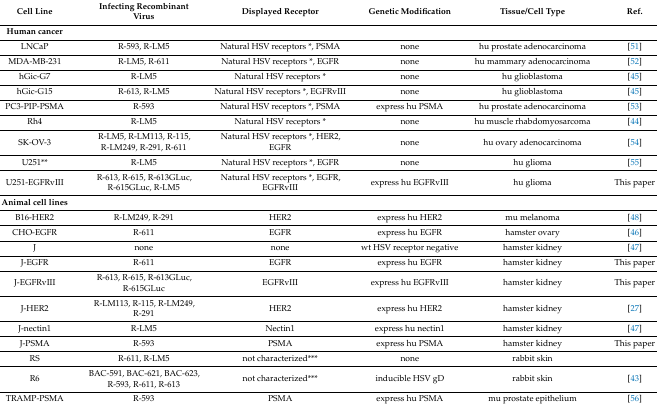
<table><thead><tr><td><b>Cell Line</b></td><td><b>Infecting Recombinant Virus</b></td><td><b>Displayed Receptor</b></td><td><b>Genetic Modification</b></td><td><b>Tissue/Cell Type</b></td><td><b>Ref.</b></td></tr></thead><tbody><tr><td><b>Human cancer</b></td><td></td><td></td><td></td><td></td><td></td></tr><tr><td>LNCaP</td><td>R-593, R-LM5</td><td>Natural HSV receptors *, PSMA</td><td>none</td><td>hu prostate adenocarcinoma</td><td>[51]</td></tr><tr><td>MDA-MB-231</td><td>R-LM5, R-611</td><td>Natural HSV receptors *, EGFR</td><td>none</td><td>hu mammary adenocarcinoma</td><td>[52]</td></tr><tr><td>hGic-G7</td><td>R-LM5</td><td>Natural HSV receptors *</td><td>none</td><td>hu glioblastoma</td><td>[45]</td></tr><tr><td>hGic-G15</td><td>R-613, R-LM5</td><td>Natural HSV receptors *, EGFRvIII</td><td>none</td><td>hu glioblastoma</td><td>[45]</td></tr><tr><td>PC3-PIP-PSMA</td><td>R-593</td><td>Natural HSV receptors *, PSMA</td><td>express hu PSMA</td><td>hu prostate adenocarcinoma</td><td>[53]</td></tr><tr><td>Rh4</td><td>R-LM5</td><td>Natural HSV receptors *</td><td>none</td><td>hu muscle rhabdomyosarcoma</td><td>[44]</td></tr><tr><td>SK-OV-3</td><td>R-LM5, R-LM113, R-115, R-LM249, R-291, R-611</td><td>Natural HSV receptors *, HER2, EGFR</td><td>none</td><td>hu ovary adenocarcinoma</td><td>[54] </td></tr><tr><td>U251**</td><td>R-LM5</td><td>Natural HSV receptors *, EGFR</td><td>none</td><td>hu glioma</td><td>[55]</td></tr><tr><td>U251-EGFRvIII</td><td>R-613, R-615, R-613GLuc, R-615GLuc, R-LM5</td><td>Natural HSV receptors *, EGFR, EGFRvIII</td><td>express hu EGFRvIII</td><td>hu glioma</td><td>This paper</td></tr><tr><td><b>Animal cell lines</b></td><td></td><td></td><td></td><td></td><td></td></tr><tr><td>B16-HER2</td><td>R-LM249, R-291</td><td>HER2</td><td>express hu HER2</td><td>mu melanoma</td><td>[48]</td></tr><tr><td>CHO-EGFR</td><td>R-611</td><td>EGFR</td><td>express hu EGFR</td><td>hamster ovary</td><td>[46]</td></tr><tr><td>J</td><td>none</td><td>none</td><td>wt HSV receptor negative</td><td>hamster kidney</td><td>[47]</td></tr><tr><td>J-EGFR</td><td>R-611</td><td>EGFR</td><td>express hu EGFR</td><td>hamster kidney</td><td>This paper</td></tr><tr><td>J-EGFRvIII</td><td>R-613, R-615, R-613GLuc, R-615GLuc</td><td>EGFRvIII</td><td>express hu EGFRvIII</td><td>hamster kidney</td><td>This paper</td></tr><tr><td>J-HER2</td><td>R-LM113, R-115, R-LM249, R-291</td><td>HER2</td><td>express hu HER2</td><td>hamster kidney</td><td>[27]</td></tr><tr><td>J-nectin1</td><td>R-LM5</td><td>Nectin1</td><td>express hu nectin1</td><td>hamster kidney</td><td>[47]</td></tr><tr><td>J-PSMA</td><td>R-593</td><td>PSMA</td><td>express hu PSMA</td><td>hamster kidney</td><td>This paper</td></tr><tr><td>RS</td><td>R-611, R-LM5</td><td>not characterized***</td><td>none</td><td>rabbit skin</td><td></td></tr><tr><td>R6</td><td>BAC-591, BAC-621, BAC-623, R-593, R-611, R-613</td><td>not characterized***</td><td>inducible HSV gD</td><td>rabbit skin</td><td>[43]</td></tr><tr><td>TRAMP-PSMA</td><td>R-593</td><td>PSMA</td><td>express hu PSMA</td><td>mu prostate epithelium</td><td>[56]</td></tr></tbody></table>